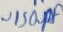
Text: ~150PF